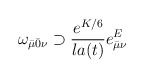
\begin{align*}\omega_{\bar\mu\bar0\nu}\supset \frac{e^{K/6}}{la(t)} e^E_{\bar\mu\nu}\end{align*}